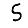
Digit: 5